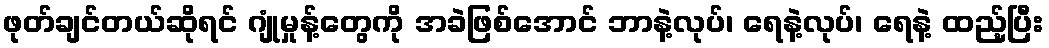
ဖုတ်ချင်တယ်ဆိုရင် ဂျုံမှုန့်တွေကို အခဲဖြစ်အောင် ဘာနဲ့လုပ်၊ ရေနဲ့လုပ်၊ ရေနဲ့ ထည့်ပြီး